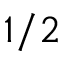
1 / 2